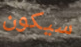
سيكون